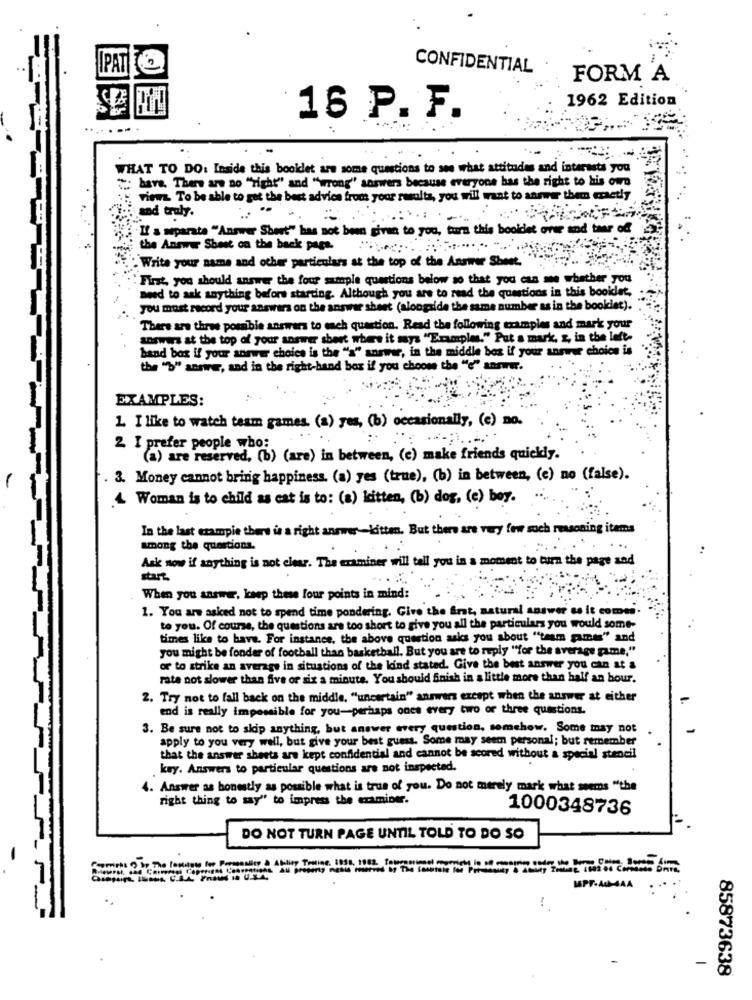
CONFIDENTIAL
FORM A
1962 Edition
16 P. F.
..
WHAT TO DO: Inside this bookdet are some questions to see what attitudes and interests you
" have. There are no "right" and "wrong" answers because everyone has the right to his own
view To be able to get the best advice from your results, you will want to answer them exactly
and truly.
....... .
It's separata "Answer Short" has not been given to you, turn this bookdet one and bear of
the Answer Shoot on the back page. :
. Write your name and other particulars at the top of the Answer Sheet."
First, you should answer the four sample questions below so that you can see whether you
need to ask anything before starting. Although you are to read the questions in this booidet,
you must record your answers on the answer sheet (alongside the same number as in the booklet).
There are three possible answers to each question. Read the following examples and mark your
answers at the top of your answer sheet where it says "Examples." Put a mark, z, in the left-
band box if your answer choice is the "a" answer, in the middle box if your answer choice is
the "b" answer, and in the right-hand box if you choose the "e" answer.
EXAMPLES:
1. I like to watch team games. (a) yes, (b) occasionally, (e) no.
2. I prefer people who:
(a) are reserved, (b) (are) in between, (e) make friends quickly.
. 3. Money cannot bring happiness. (a) yes (true), (b) in between, (e) no (false).
Woman is to child as cat is to: (a) kitten, (b) dog, (e) bey.
In the last ezampie there is a right answer-kitten. But there are very few such reasoning items
among the questions.
Ank now if anything is not clear. The examiner will tell you in a moment to turn the page and
start.
When you answer, keep these four points in mind:
1. You are asked not to spend time pondering. Give the Art, natural answer es it comes
to you. Of course, the questions are too short to give you all the particulars you would some-
times like to have. For instance, the above question asks you about "team games" and
you might be fonder of football than basketball. But you are to reply "for the average game."
or to strike an average in situations of the kind stated. Give the best answer you can at a
rate not slower than five or six a minute, You should Snish in a little more than half an hour.
2. Try not to fall back on the middle, "uncertain" answers except when the answer at either
end is really impossible for you-perhaps once every two or three questions.
3. Be sure not to skip anything, but answer every question, somehow. Some may not
apply to you very well, but give your best guess. Some may seem personal; but remember
that the answer sheets are kept confidential and cannot be scored without a special stencil
key. Answers to particular questions are not inspected.
4. Answer as honestly as possible what is trus of you. Do not merely mark what seems "the
right thing to say" to impress the examiner.
1000348736
DO NOT TURN PAGE UNTIL TOLD TO DO SO
MPF-AU-SAA
-
85873638